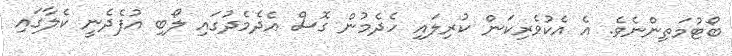
ބޯޓުމަތިންނެވެ. އެ އެކުވެރިކަން ކުރިލައި ހެދެމުން ގޮސް އެދެމެދުގައި ލޯބި އުފެދެނީ ކެލާގައި